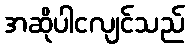
အဆိုပါငလျင်သည်